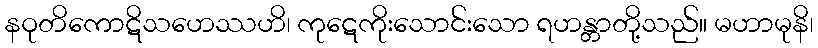
နဝုတိကောဋိသဟေဿဟိ၊ ကုဋေကိုးသောင်းသော ရဟန္တာတို့သည်။ မဟာမုနိ၊